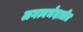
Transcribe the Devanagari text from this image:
लगत्वभेदातीत